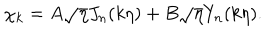
LaTeX: \chi _ { k } = A \sqrt { \eta } J _ { n } ( k \eta ) + B \sqrt { \eta } Y _ { n } ( k \eta ) .